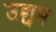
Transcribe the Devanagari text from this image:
उद्द्यम